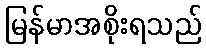
မြန်မာအစိုးရသည်